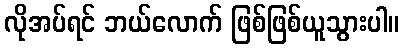
လိုအပ်ရင် ဘယ်လောက် ဖြစ်ဖြစ်ယူသွားပါ။